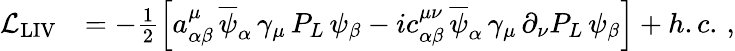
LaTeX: \begin{array}{rl}{\mathcal{L}_{\mathrm{LIV}}}&{=-\frac{1}{2}\left[a_{\alpha\beta}^{\mu}\, \overline{{\psi}}_{\alpha}\, \gamma_{\mu}\, P_{L}\, \psi_{\beta}-ic_{\alpha\beta}^{\mu\nu}\, \overline{{\psi}}_{\alpha}\, \gamma_{\mu}\, \partial_{\nu}P_{L}\, \psi_{\beta}\right]+h.c.\, ,}\end{array}